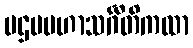
ပဌမမဟာသင်္ဂီတိကထာ